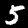
Label: 5